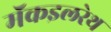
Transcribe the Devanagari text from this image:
मॅकइलरेथ